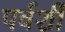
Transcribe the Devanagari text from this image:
पर्वर्शी